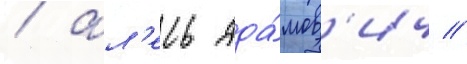
/ ал'есь ада́мов'ич /